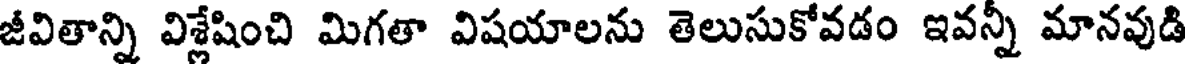
జీవితాన్ని విశ్లేషించి మిగతా విషయాలను తెలుసుకోవడం ఇవన్నీ మానవుడి